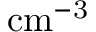
\mathrm { c m ^ { - 3 } }